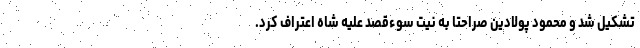
تشکیل شد و محمود پولادین صراحتا به نیت سوءقصد علیه شاه اعتراف کرد.